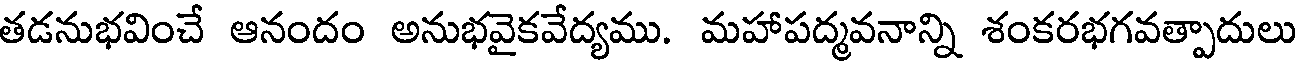
తడనుభవించే ఆనందం అనుభవైకవేద్యము. మహాపద్మవనాన్ని శంకరభగవత్పాదులు